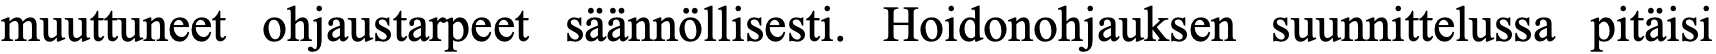
muuttuneet ohjaustarpeet säännöllisesti. Hoidonohjauksen suunnittelussa pitäisi